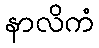
နာလိကံ